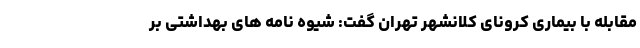
مقابله با بیماری کرونای کلانشهر تهران گفت: شیوه نامه های بهداشتی بر